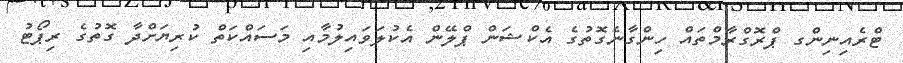
ޓްރެއިނިންގ ޕްރޮގްރާމްތައް ހިންގާނެގޮތުގެ އެކްޝަން ޕްލޭން އެކުލަވައިލުމާއި މަސައްކަތް ކުރިޔަށްދާ ގޮތުގެ ރިޕޯޓު